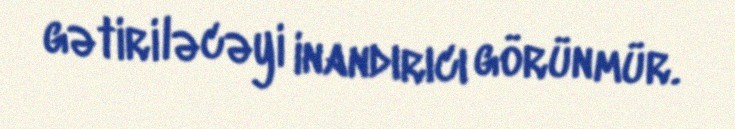
gətiriləcəyi inandırıcı görünmür.